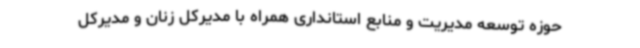
حوزه توسعه مدیریت و منابع استانداری همراه با مدیرکل زنان و مدیرکل